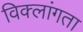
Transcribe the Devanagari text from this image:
विक्लांगता